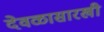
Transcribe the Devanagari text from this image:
देवळासारखी